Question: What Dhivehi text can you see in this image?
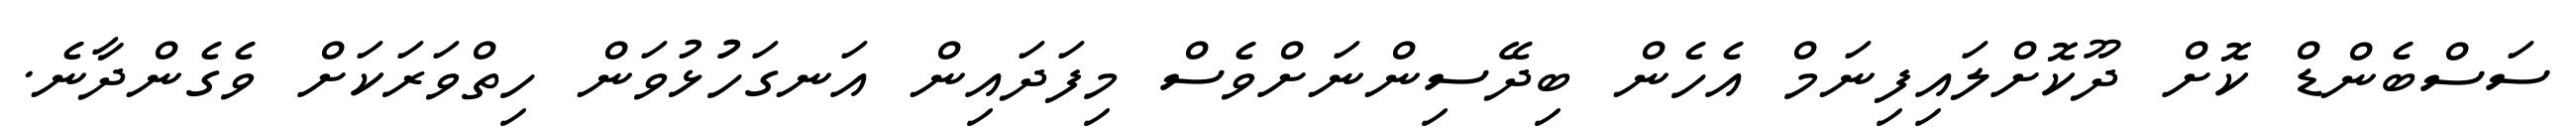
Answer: ސަސްބެންޑް ކޮށް ދޫކޮށްލައިފިނަމް އެހެން ބިދޭސިންނަށްވެސް މިފަދައިން އަނގަހުުޅުވަން ހިތްވަރަކަށް ވެގެންދާނެ.